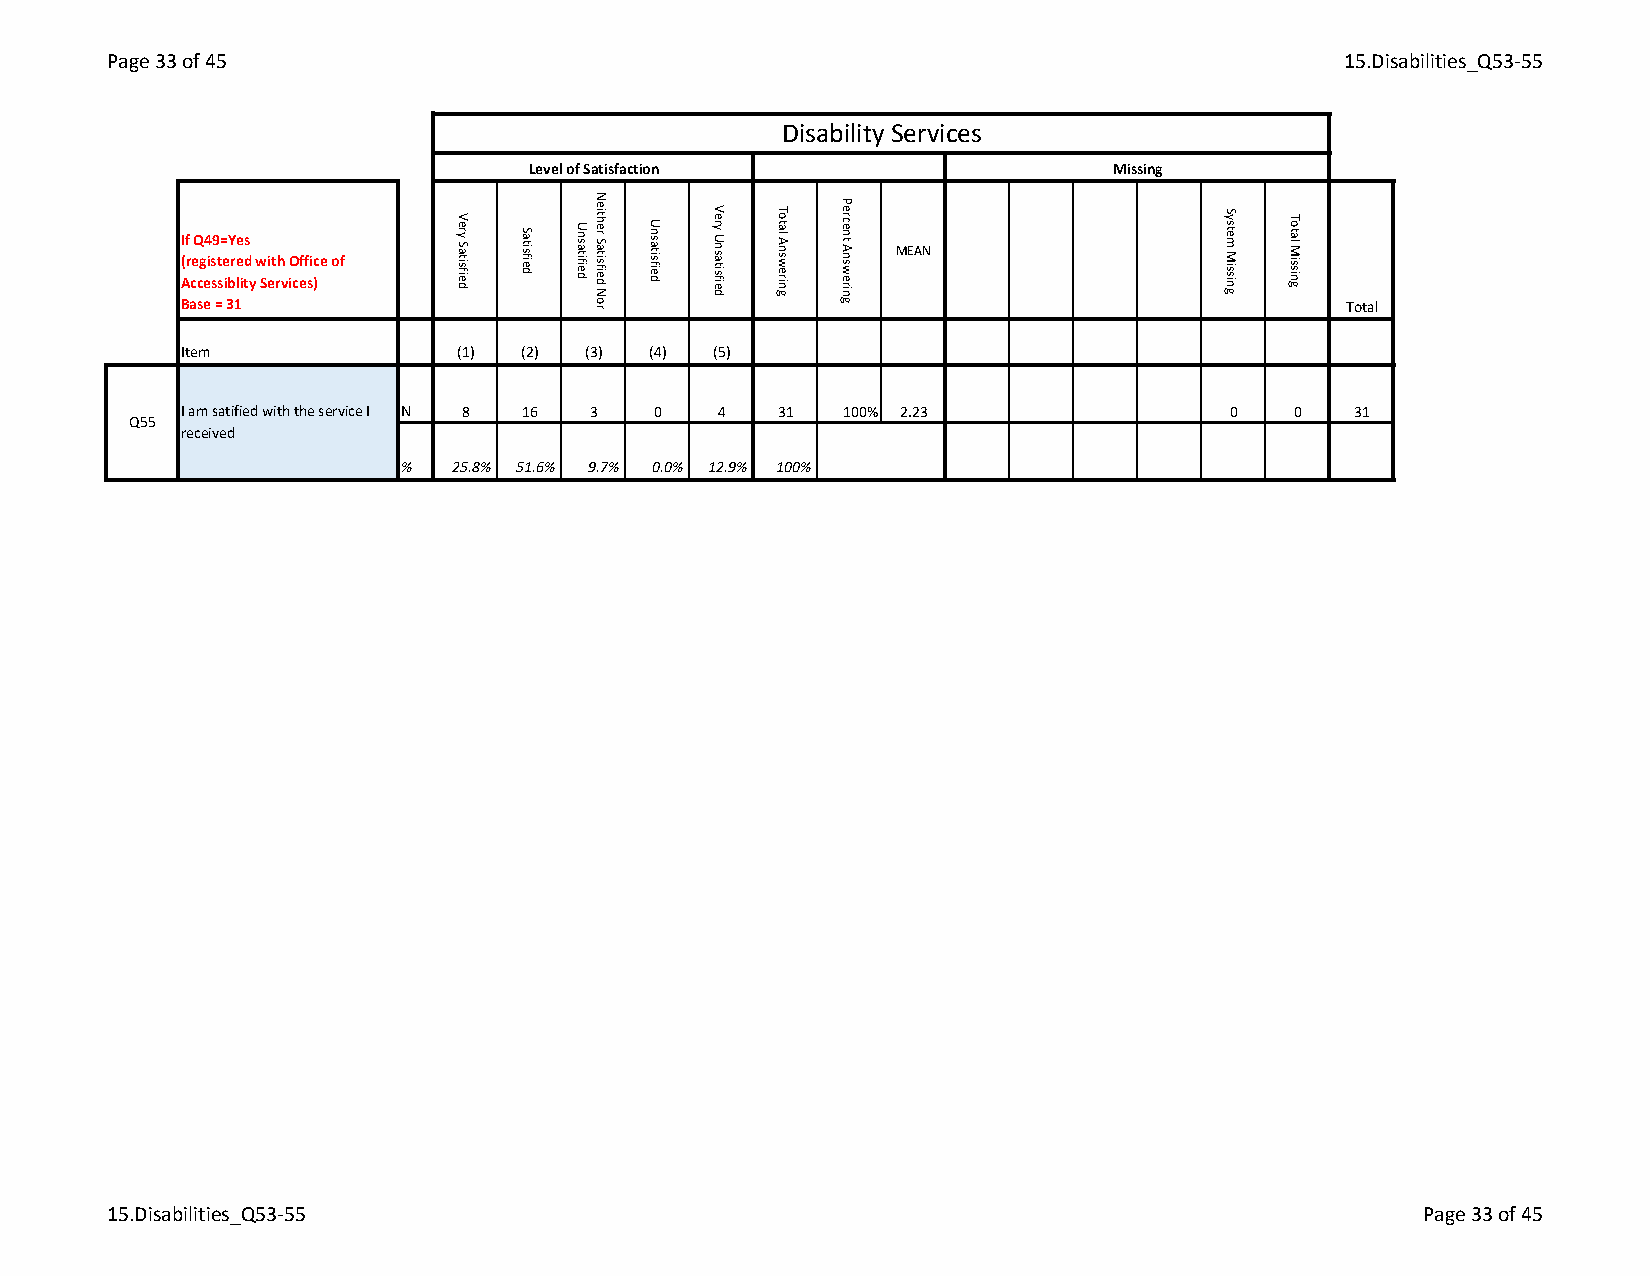
Page 33 of 45                                                                     15.Disabilities_Q53-55
 Disability Services
 Level of Satisfaction                 Missing
 If Q49=Yes                                     MEAN (registered with Office of
 Accessiblity Services)
 Base = 31                                                                    Total
 Item              (1) (2) (3)  (4) (5)
 I am satified with the service I N 8 16 3 0 4 31 100% 2.23           0   0   31
 Q55
 received
 %   25.8% 51.6% 9.7% 0.0% 12.9% 100%
 15.Disabilities_Q53-55                                                                 Page 33 of 45
 Very
 Satisfied
 Satisfied Unsatified
 Neither
 Satisfied
 Nor
 Unsatisfied Very
 Unsatisfied
 Total
 Answering
 Percent
 Answering
 System
 Missing
 Total
 Missing